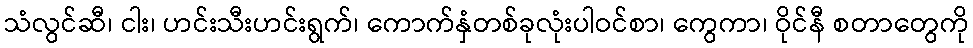
သံလွင်ဆီ၊ ငါး၊ ဟင်းသီးဟင်းရွက်၊ ကောက်နှံတစ်ခုလုံးပါဝင်စာ၊ ကွေကာ၊ ဝိုင်နီ စတာတွေကို